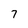
Character: 7